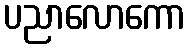
ပညာလောကော